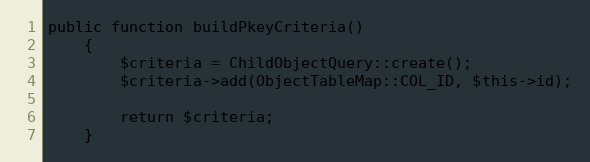
Language: PHP
public function buildPkeyCriteria()
    {
        $criteria = ChildObjectQuery::create();
        $criteria->add(ObjectTableMap::COL_ID, $this->id);

        return $criteria;
    }